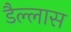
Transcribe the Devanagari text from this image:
डैल्लास